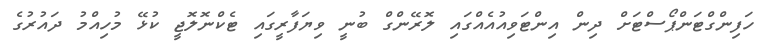
ހަފިންގްޓަންޕޯސްޓަށް ދިން އިންޓަވިއުއެއްގައި ލޮރޭންގް ބުނީ ވިޔަފާރީގައި ޓެކްނޮލޮޖީ ކުޅޭ މުހިއްމު ދައުރުގެ